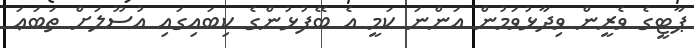
ޕާޓީގެ ވެރީން ވިދާޅުވަމުން އަންނަ ކަމީ އެ ބޭފުޅުންގެ ކިބައިގައި އުސޫލަށް ތަބަޢަ